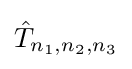
{\hat {T}}_{n_{1},n_{2},n_{3}}